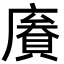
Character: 𢊹